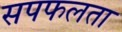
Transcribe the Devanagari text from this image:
सपफलता